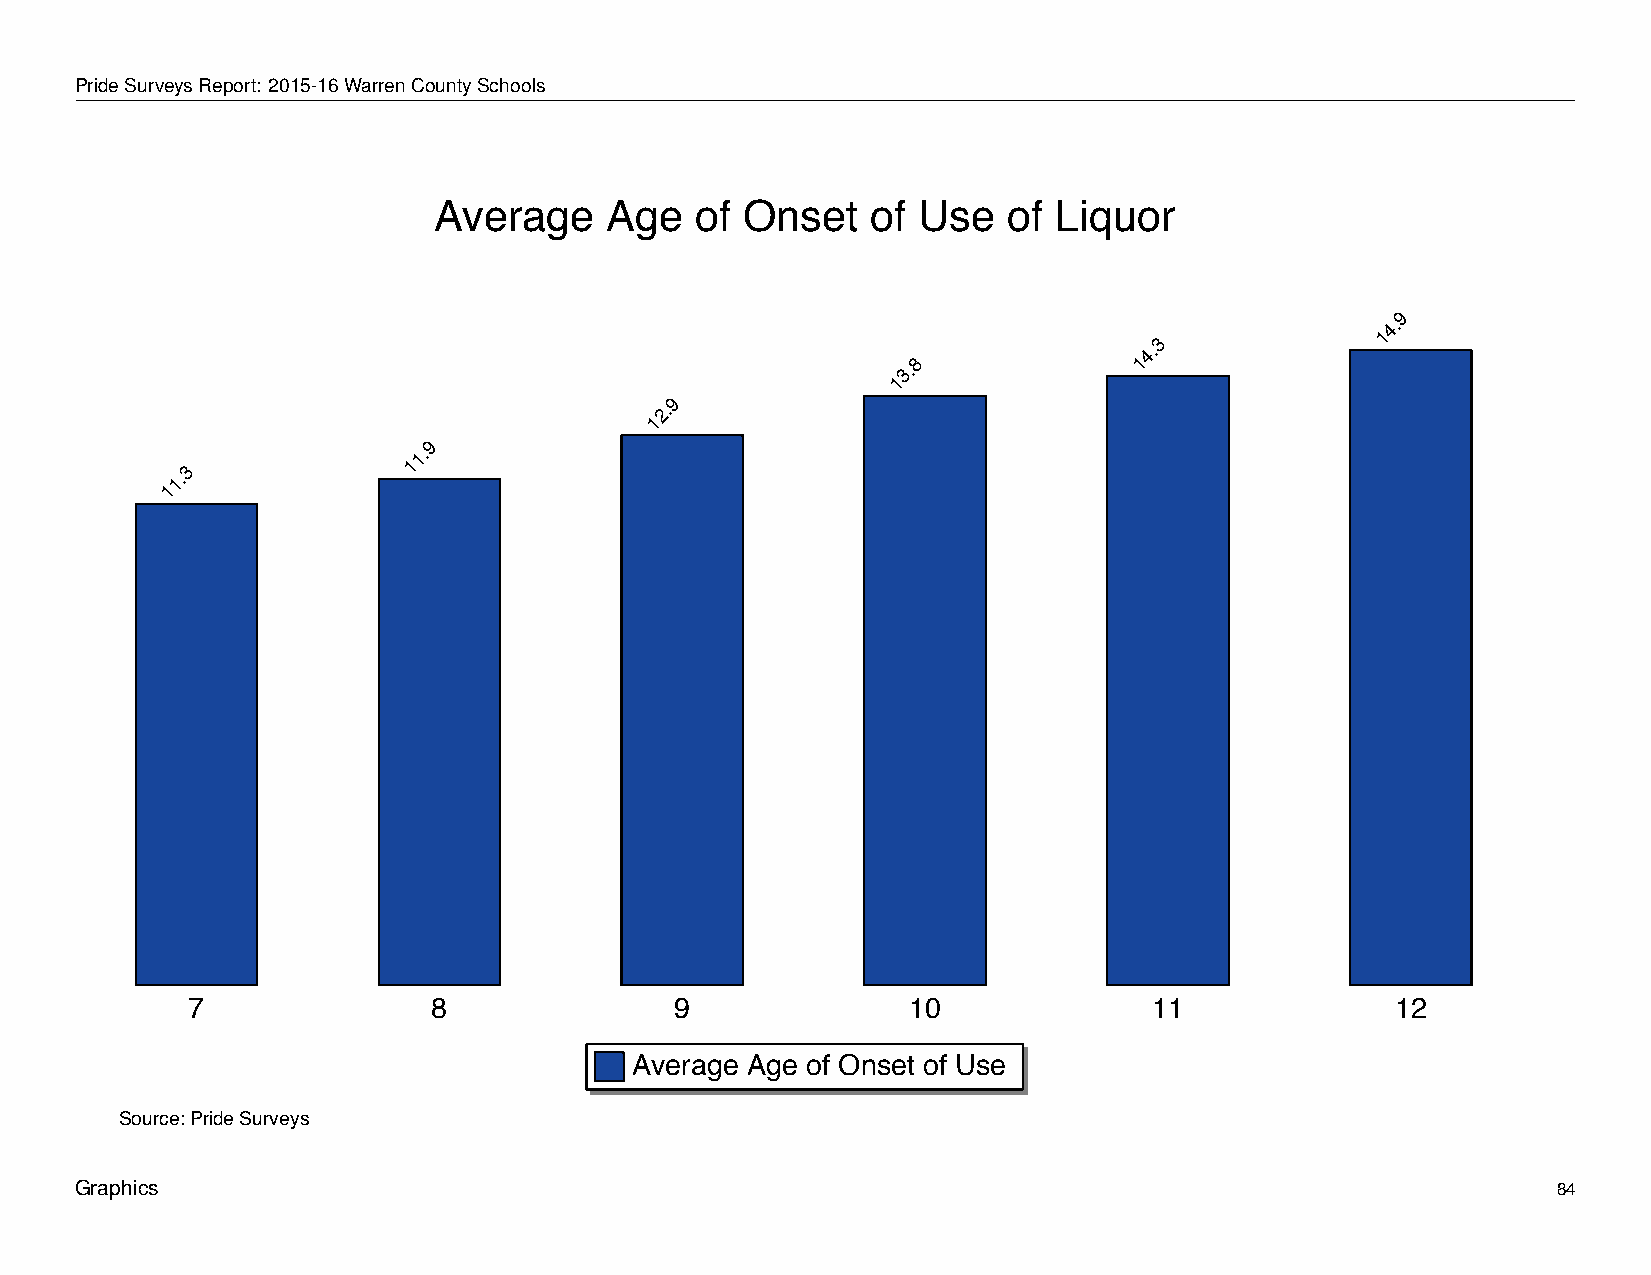
Average           Age       of   Onset        of   Use      of   Liquor
 PrideSurveysReport: 2015-16WarrenCountySchools
 Average    Age   of Onset    of Use   of Liquor
 9
 4.
 1
 3
 4.
 8              1
 3.
 1
 9
 2.
 1
 9
 1.
 1
 3
 1.
 1
 7                8               9              10              11              12
 Average Age of Onset of Use
 Source: Pride Surveys
 Graphics                                                                                          84